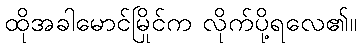
ထိုအခါမောင်မြိုင်က လိုက်ပို့ရလေ၏။